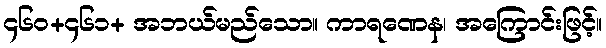
၄၆၀+၄၆၁+ အဘယ်မည်သော။ ကာရဏေန၊ အကြောင်းဖြင့်။